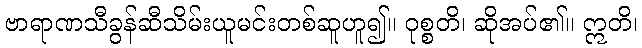
ဗာရာဏသီခွန်ဆီသိမ်းယူမင်းတစ်ဆူဟူ၍။ ဝုစ္စတိ၊ ဆိုအပ်၏။ ဣတိ၊